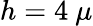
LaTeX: h=4~\mu